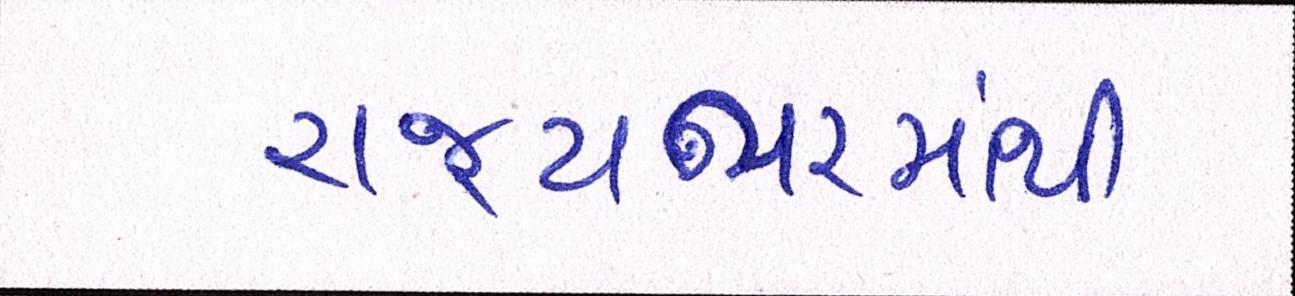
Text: રાજયભરમાંથી